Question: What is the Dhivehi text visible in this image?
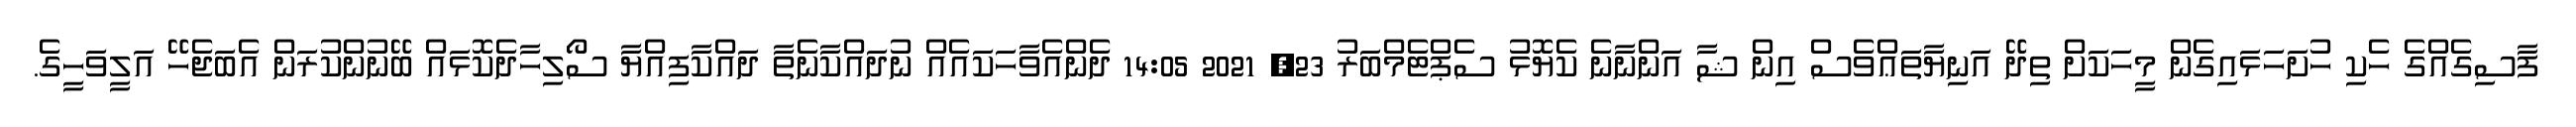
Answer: ފާސިގެއްގެ ހެކި ހުށަހަޅައިގެން މީހަކަށް ތިދޭ އަނިޔާތަޢްވެސް އިން ޝާ އަންނާނެ ކެޔޮޅު ސެޕްޓެމްބަރު 23, 2021 14:05 ދެންއެވާހަކައެއް ނުދައްކާނެތާ ދައްކާފިއްޔާ ސޯލިހާދެކޮޅައް ބޭނުންކުރަން އެބަޖެހޭ އަލީވަހީގެ.